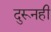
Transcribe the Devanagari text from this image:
दुरूनही